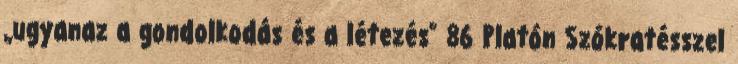
„ugyanaz a gondolkodás és a létezés” 86 Platón Szókratésszel